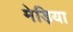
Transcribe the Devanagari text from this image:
मेड़िया